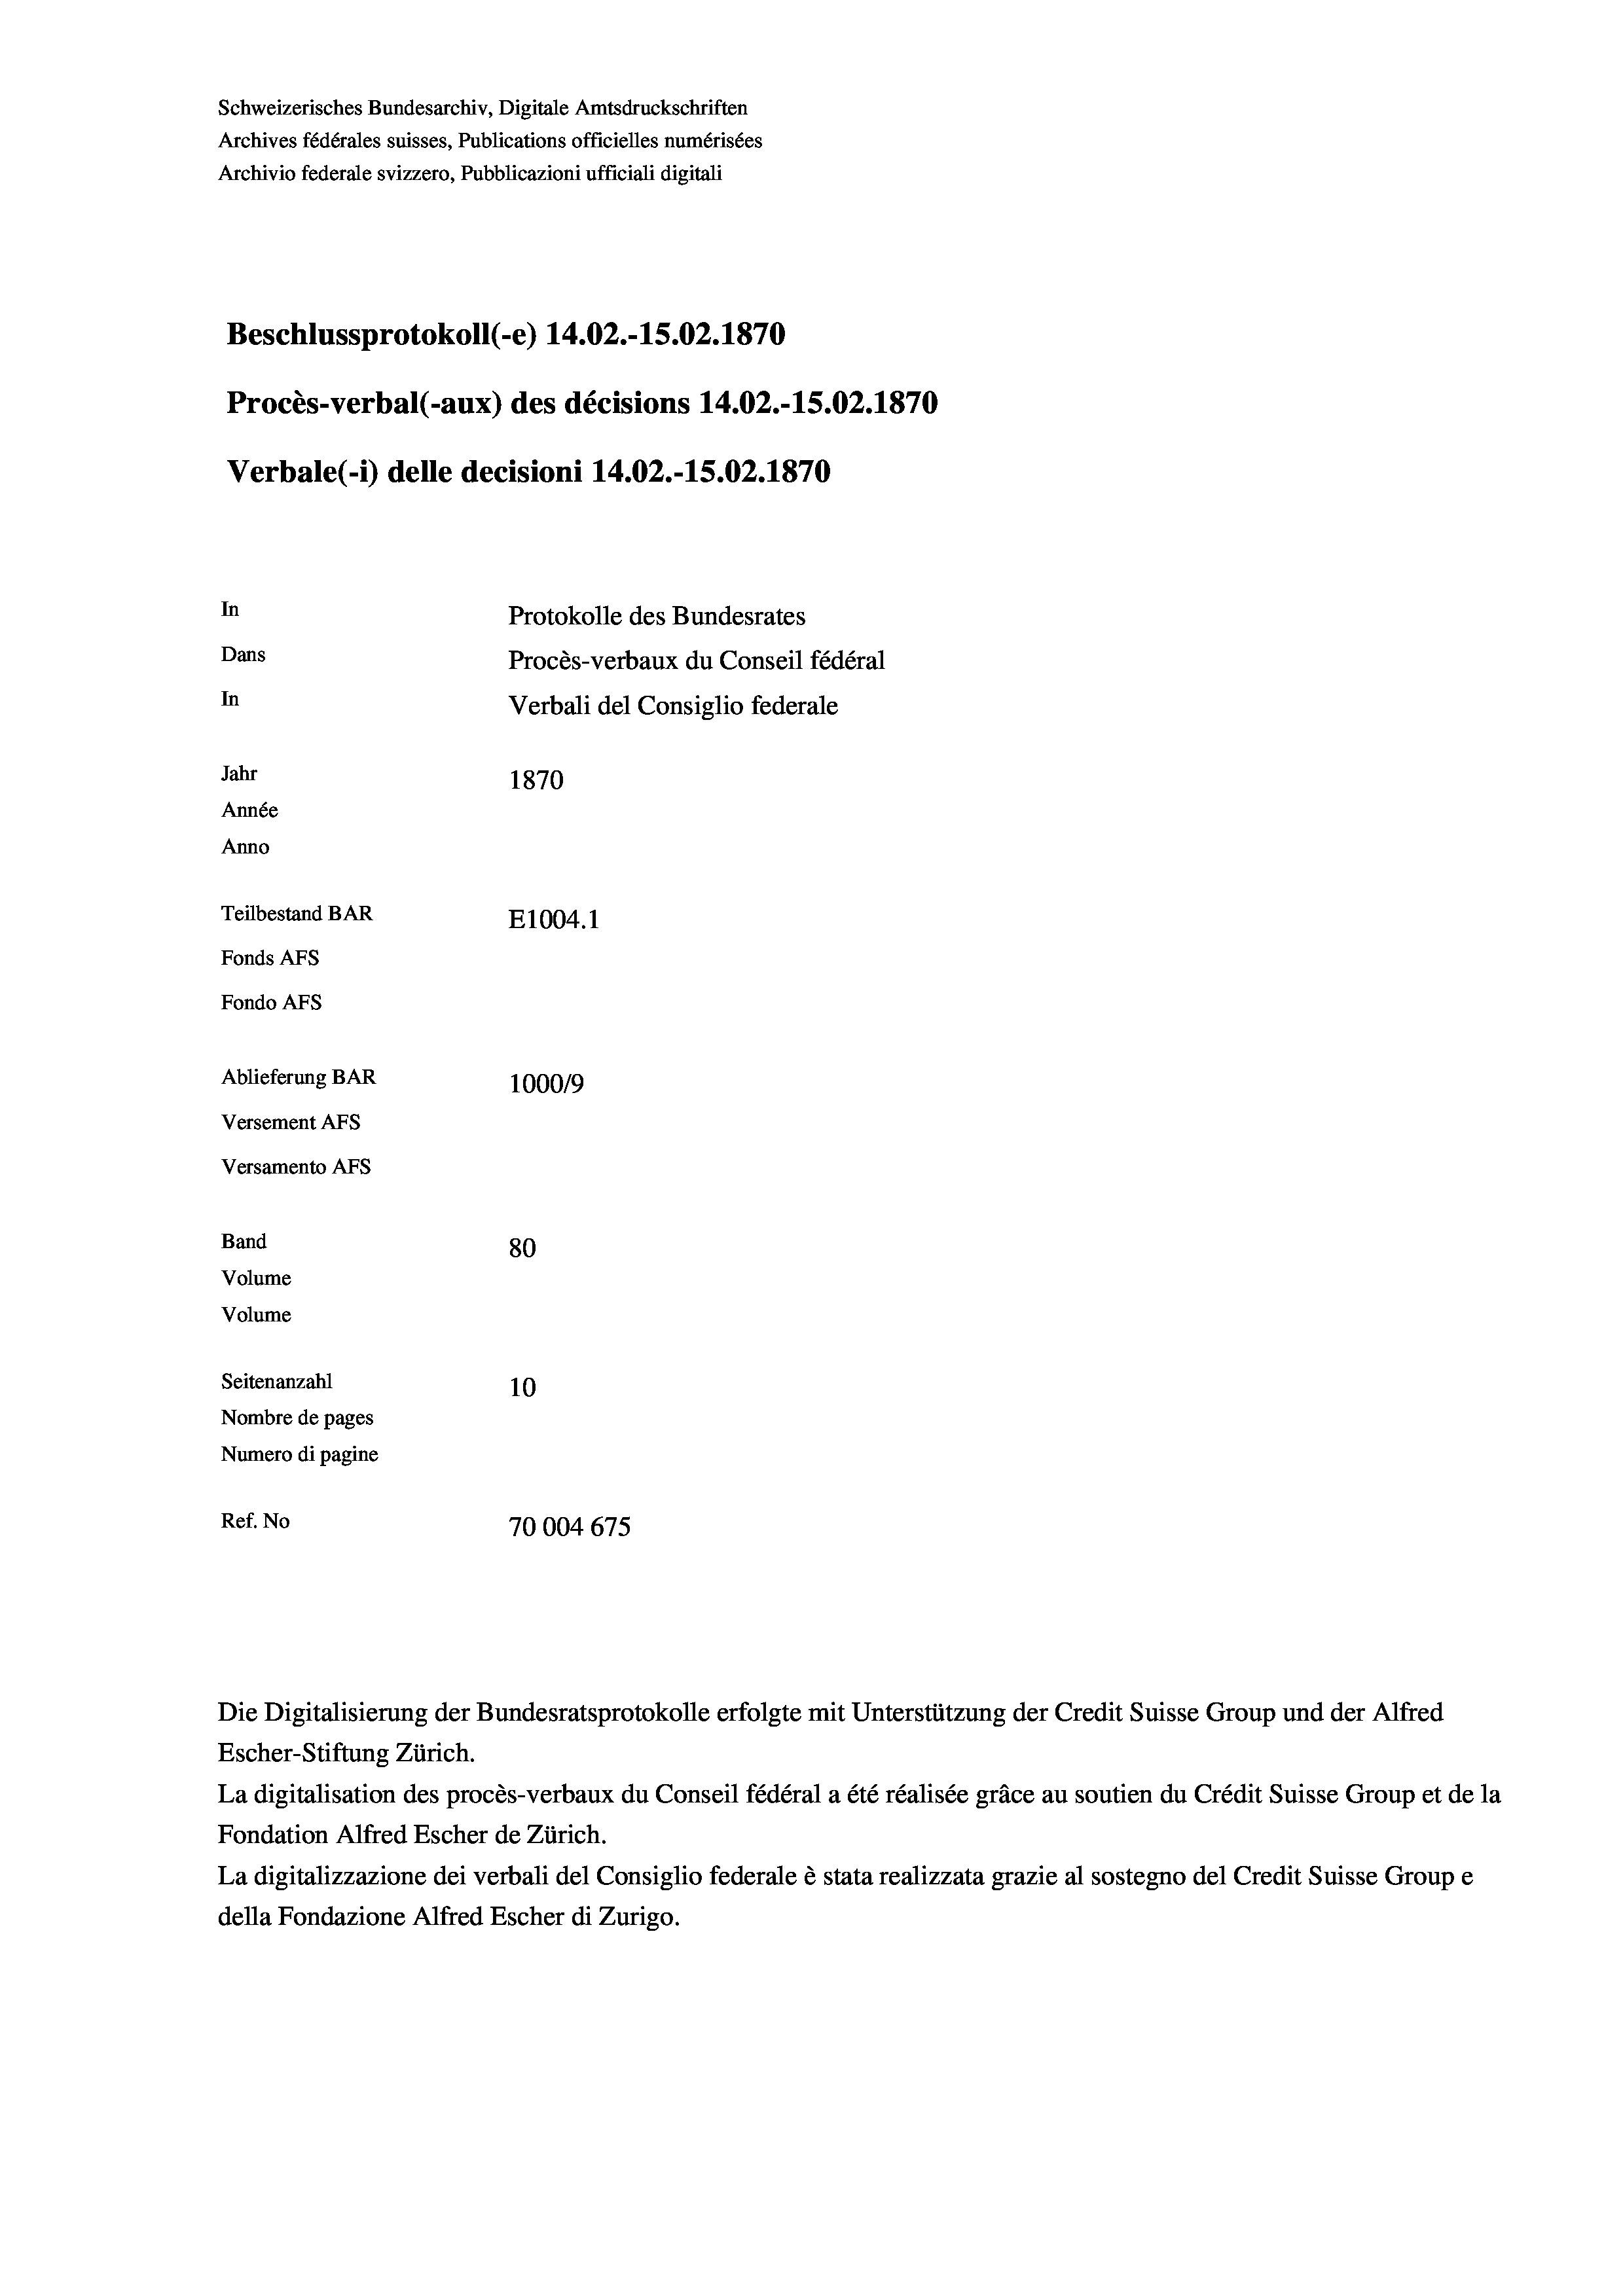
Schweizerisches Bundesarchiv, Digitale Amtsdruckschriften
Archives fédérales suisses, Publications officielles numérisées
Beschlussprotokoll (-e) 14.02.-15.02. 1870
Procès-verbal (-aux) des décisions 14.02.-15.02. 1870
Verbale (i) delle decisioni 14.02.-15.02. 1870
In
Protokolle des Bundesrates
Dans
Procès-verbaux du Conseil fédéral
In
Verbali del Consiglio federale
Jahr
1870
Année
Anno
Teilbestand BAR
E1004.1
Fonds AFs
Fondo AFs
Ablieferung BAR
1000/9
Versement AFs
Versamento Afs

Band
Volume
Volume
Seitenanzahl

80
10
Nombre de pages
Numero di pagine
Ref. No
70004675

Escher-Stiftung Zürich.
La digitalisation des procès-verbaux du Conseil fédéral a été réalisée gräce au soutien du Crédit Suisse Group et de la
Fondation Alfred Escher de Zürich.
La digitalizzazione dei verbali del Consiglio federale è stata realizzata grazie al sostegno del Credit Suisse Groupe
della Fondazione Alfred Escher di Zurigo.

Archivio federale svizzero, Pubblicazioni ufficiali digitali

Die Digitalisierung der Bundesratsprotokolle erfolgte mit Unterstützung der Credit Suisse Group und der Alfred